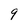
Character: 9